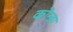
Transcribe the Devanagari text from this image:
कोन्डा